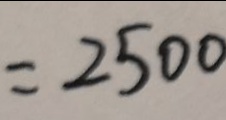
= 2 5 0 0